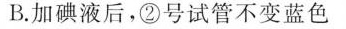
B.加碘液后，②号试管不变蓝色